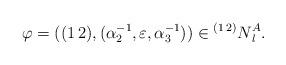
LaTeX: \begin{align*} \varphi=((1\,2),(\alpha_2^{-1},\varepsilon, \alpha_3^{-1})) \in \prescript{(1\,2)}{}N_l^A.\end{align*}